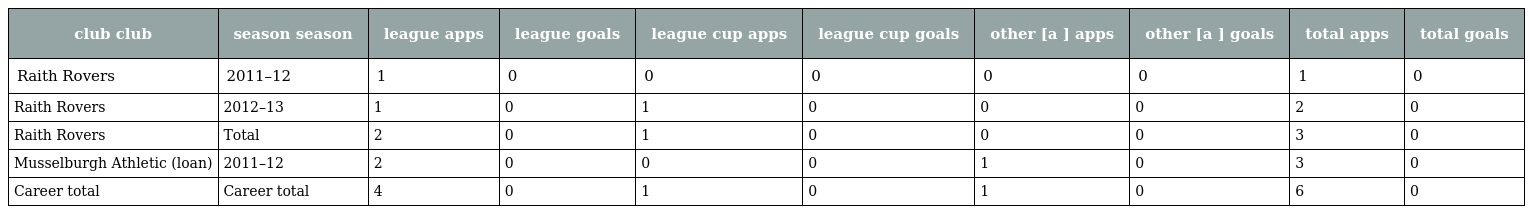
| club club | season season | league apps | league goals | league cup apps | league cup goals | other [a ] apps | other [a ] goals | total apps | total goals |
 | --- | --- | --- | --- | --- | --- | --- | --- | --- | --- |
 | Raith Rovers | 2011–12 | 1 | 0 | 0 | 0 | 0 | 0 | 1 | 0 |
 | Raith Rovers | 2012–13 | 1 | 0 | 1 | 0 | 0 | 0 | 2 | 0 |
 | Raith Rovers | Total | 2 | 0 | 1 | 0 | 0 | 0 | 3 | 0 |
 | Musselburgh Athletic (loan) | 2011–12 | 2 | 0 | 0 | 0 | 1 | 0 | 3 | 0 |
 | Career total | Career total | 4 | 0 | 1 | 0 | 1 | 0 | 6 | 0 |